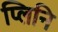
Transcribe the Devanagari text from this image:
प्लिनि